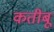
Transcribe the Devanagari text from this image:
कतीबू